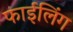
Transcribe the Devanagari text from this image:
फाईलिंग